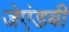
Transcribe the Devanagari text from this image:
जेएंडबी